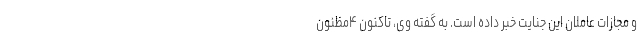
و مجازات عاملان این جنایت خبر داده است. به گفته وی، تاکنون ۴مظنون